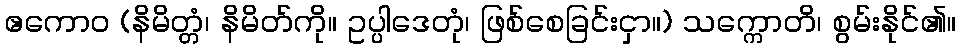
ဧကောဝ (နိမိတ္တံ၊ နိမိတ်ကို။ ဥပ္ပါဒေတုံ၊ ဖြစ်စေခြင်းငှာ။) သက္ကောတိ၊ စွမ်းနိုင်၏။